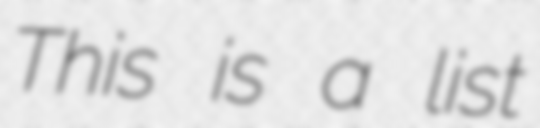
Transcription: This is a list